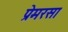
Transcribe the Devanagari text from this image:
प्रेमरसा